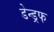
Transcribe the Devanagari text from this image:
डेन्ड्रफ